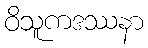
ဝိသူကဒဿနာ